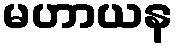
မဟာယန